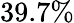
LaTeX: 39.7\%